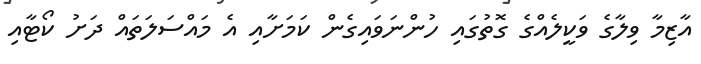
އާޒިމާ ވިލާގެ ވަކީލެއްގެ ގޮތުގައި ހުންނަވައިގެން ކަމަށާއި އެ މައްސަލަތައް ދަށު ކޯޓާއި